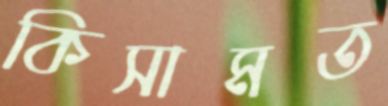
কিসামত